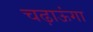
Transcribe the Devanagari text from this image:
चढ़ाऊंगा